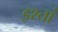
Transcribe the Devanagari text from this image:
इश्तां